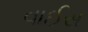
વાઈસ